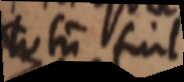
totum sint